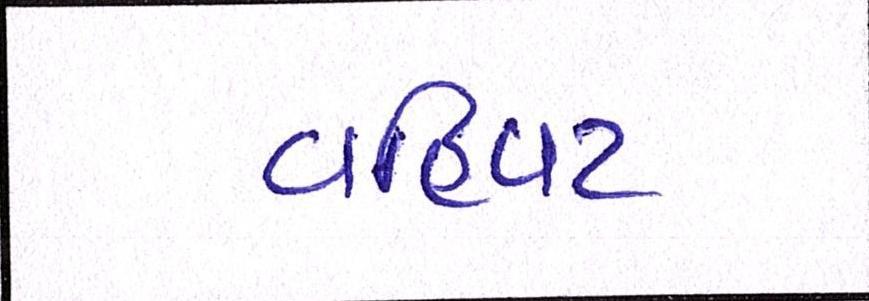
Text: વહિવટ